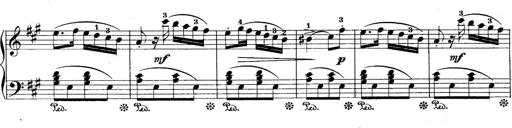
Title: 10 Sonatines progressives
Composer: Anton Schmoll